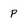
Character: P